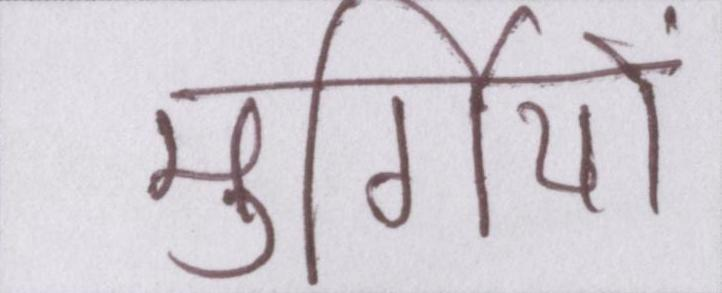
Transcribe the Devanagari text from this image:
मुर्गियों